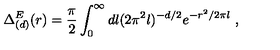
\Delta _ { ( d ) } ^ { E } ( r ) = { \frac { \pi } { 2 } } \int _ { 0 } ^ { \infty } d l ( 2 \pi ^ { 2 } l ) ^ { - d / 2 } e ^ { - r ^ { 2 } / 2 \pi l } \ ,